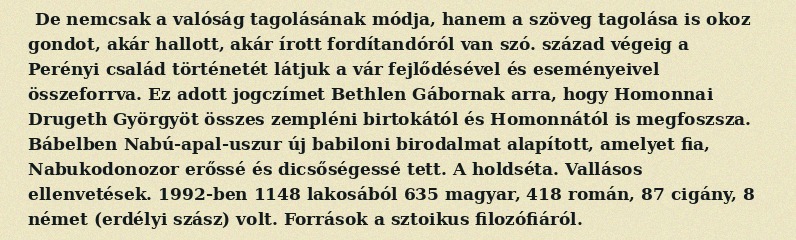
De nemcsak a valóság tagolásának módja, hanem a szöveg tagolása is okoz gondot, akár hallott, akár írott fordítandóról van szó. század végeig a Perényi család történetét látjuk a vár fejlődésével és eseményeivel összeforrva. Ez adott jogczímet Bethlen Gábornak arra, hogy Homonnai Drugeth Györgyöt összes zempléni birtokától és Homonnától is megfoszsza. Bábelben Nabú-apal-uszur új babiloni birodalmat alapított, amelyet fia, Nabukodonozor erőssé és dicsőségessé tett. A holdséta. Vallásos ellenvetések. 1992-ben 1148 lakosából 635 magyar, 418 román, 87 cigány, 8 német (erdélyi szász) volt. Források a sztoikus filozófiáról.